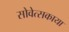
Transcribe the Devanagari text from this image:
सोवेत्सकाया